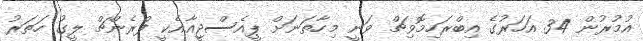
އުމުރުން 34 އަހަރުގެ އިބްރަހިމޮވިޗް ވަނީ މިހާތަނަށް ޕީއެސްޖީއާއެކީ ފްރެންޗް ލީގު ހަތަރު